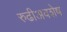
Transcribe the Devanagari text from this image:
रुढीअवशेष